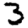
Digit: 3